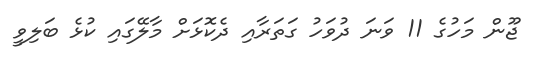
ޖޫން މަހުގެ 11 ވަނަ ދުވަހު ގަތަރާއި ދެކޮޅަށް މާލޭގައި ކުޅެ ބަލިވީ